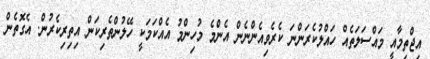
އިޖްތިމާއީ މައްސަލަތެއް ހައްލުކެރަންނަ ކެރެވިއެންނެން އެންމެ މުހިންމު އެއްކަމަކީ ހޭލުންތެރިކަން އިތިރިކެރުން. އެގޮތެން